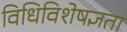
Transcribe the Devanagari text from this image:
विधिविशेषज्ञता